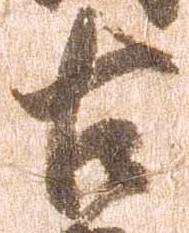
古